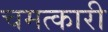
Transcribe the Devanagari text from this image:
चमत्‍कारी